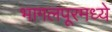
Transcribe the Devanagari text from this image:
भागलपूरमध्ये